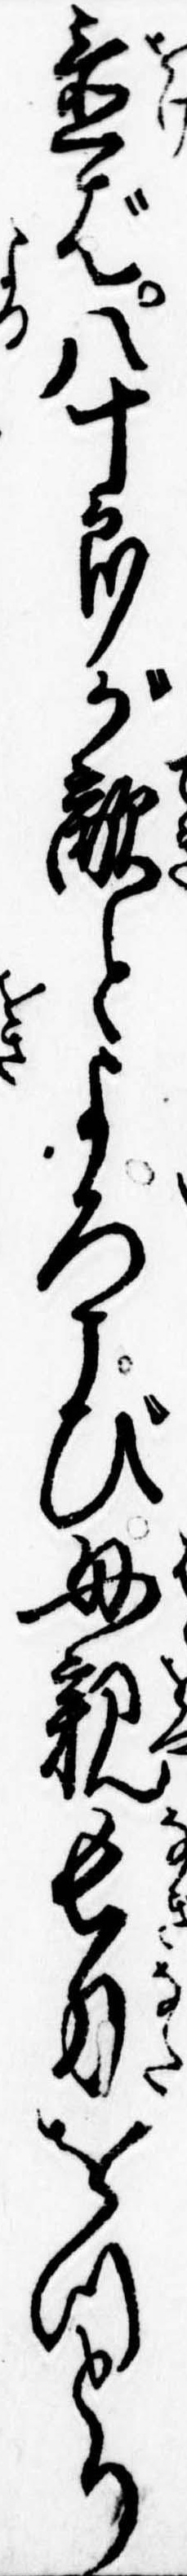
置ば八十郎が敵とよろこび母親長刀をつとり